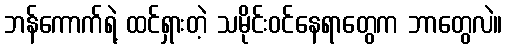
ဘန်ကောက်ရဲ့ ထင်ရှားတဲ့ သမိုင်းဝင်နေရာတွေက ဘာတွေလဲ။